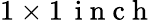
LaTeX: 1\times 1\, \mathrm{~i~n~c~h~}